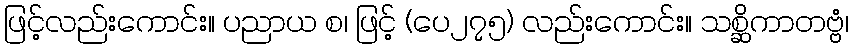
ဖြင့်လည်းကောင်း။ ပညာယ စ၊ ဖြင့် (ပေ၂၇၅) လည်းကောင်း။ သစ္ဆိကာတဗ္ဗံ၊